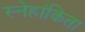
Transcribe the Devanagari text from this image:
स्नेहांकिता